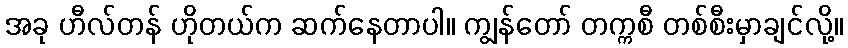
အခု ဟီလ်တန် ဟိုတယ်က ဆက်နေတာပါ။ ကျွန်တော် တက္ကစီ တစ်စီးမှာချင်လို့။